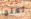
لعلها